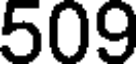
509